Plague in India, 1896, 1897 - Volume 2
Year: 1896
Disease focus: Plague
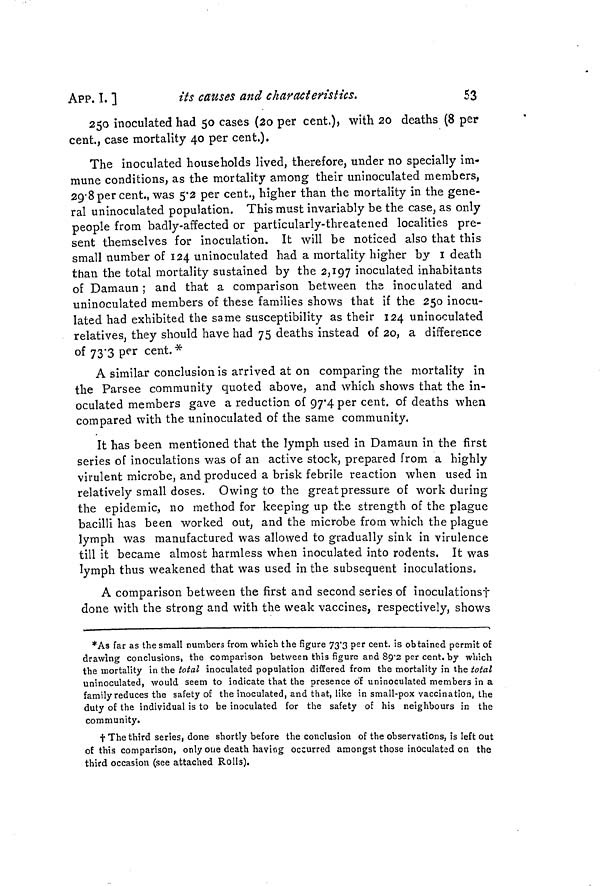
APP. I. ]
its causes and characteristics.
53
250 inoculated had 50 cases (20 per cent.) with 20 deaths (8 per
cent., case mortality 40 per cent.).
The inoculated households lived, therefore, under no specially im-
mune conditions, as the mortality among their uninoculated members,
29.8per cent., was 5.2 per cent., higher than the mortality in the gene-
ral uninoculated population. This must invariably be the case, as only
people from badly-affected or particularly-threatened localities pre-
sent themselves for inoculation. It will be noticed also that this
small number of 124 uninoculated had a mortality higher by I death
than the total mortality sustained by the 2,197 inoculated inhabitants
of Damaun ; and that a comparison between the inoculated and
uninoculated members of these families shows that if the 250 inocu-
lated had exhibited the same susceptibility as their 124 uninoculated
relatives, they should have had 75 deaths instead of 20, a difference
of 73.3 per cent. *
A similar conclusion is arrived at on comparing the mortality in
the Parsee community quoted above, and which shows that the in-
oculated members gave a reduction of 97.4 per cent, of deaths when
compared with the uninoculated of the same community.
It has been mentioned that the lymph used in Damaun in the first
series of inoculations was of an active stock, prepared from a highly
virulent microbe, and produced a brisk febrile reaction when used in
relatively small doses. Owing to the great pressure of work during
the epidemic, no method for keeping up the strength of the plague
bacilli has been worked out, and the microbe from which the plague
lymph was manufactured was allowed to gradually sink in virulence
till it became almost harmless when inoculated into rodents. It was
lymph thus weakened that was used in the subsequent inoculations.
A comparison between the first and second series of inoculations+
done with the strong and with the weak vaccines, respectively, shows
*As far as the small numbers from which the figure 73.3 per cent, is obtained permit of
drawing conclusions, the comparison between this figure and 89.2 per cent, by which
the mortality in the total inoculated population differed from the mortality in the total
uninoculated, would seem to indicate that the presence of uninoculated members in a
family reduces the safety of the inoculated, and that, like in small-pox vaccination, the
duty of the individual is to be inoculated for the safety of his neighbours in the
community.
t The third series, done shortly before the conclusion of the observations, is left out
of this comparison, only one death having occurred amongst those inoculated on the
third occasion (see attached Rolls).